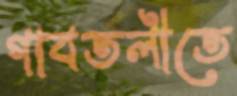
গাবতলীতে